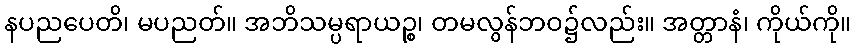
နပညပေတိ၊ မပညတ်။ အဘိသမ္ပရာယဉ္စ၊ တမလွန်ဘဝ၌လည်း။ အတ္တာနံ၊ ကိုယ်ကို။